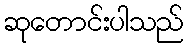
ဆုတောင်းပါသည်